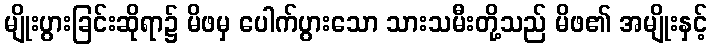
မျိုးပွားခြင်းဆိုရာ၌ မိဖမှ ပေါက်ပွားသော သားသမီးတို့သည် မိဖ၏ အမျိုးနှင့်